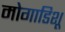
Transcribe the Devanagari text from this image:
मोगाडिशू